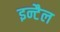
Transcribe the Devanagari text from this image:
इन्टैल